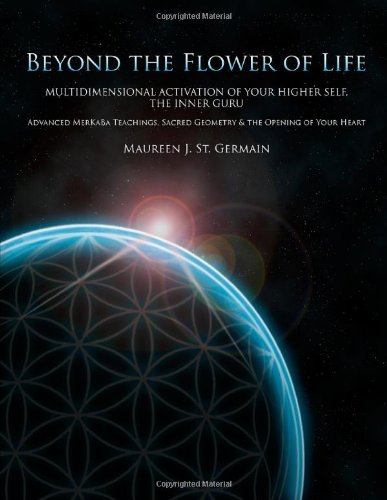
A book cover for Beyond the Flower of Life: Multidimensional Activation of your Higher Self, the Inner Guru (Advanced MerKaBa Teachings, Sacred Geometry & the Opening of your Heart); Maureen J. St. Germain; Religion & Spirituality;